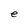
Character: e